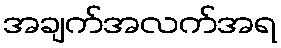
အချက်အလက်အရ